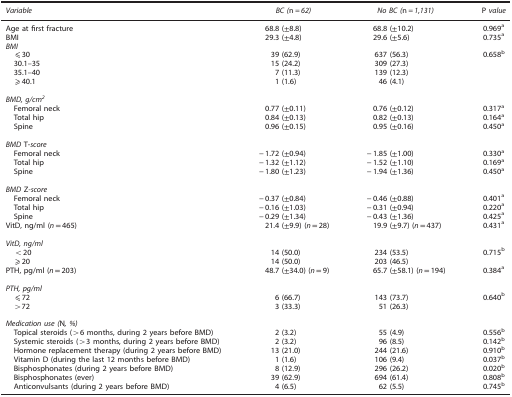
<table><thead><tr><td><b><i>Variable</i></b></td><td><b><i>BC (</i>n<i>=62)</i></b></td><td><b><i>No BC (</i>n<i>=1,131)</i></b></td><td><b>P <i>value</i></b></td></tr></thead><tbody><tr><td>Age at first fracture</td><td>68.8 (±8.8)</td><td>68.8 (±10.2)</td><td>0.969a</td></tr><tr><td>BMI</td><td>29.3 (±4.8)</td><td>29.6 (±5.6)</td><td>0.735a</td></tr><tr><td colspan="4"><i>BMI</i></td></tr><tr><td> ⩽30</td><td>39 (62.9)</td><td>637 (56.3)</td><td>0.658b</td></tr><tr><td> 30.1–35</td><td>15 (24.2)</td><td>309 (27.3)</td><td> </td></tr><tr><td> 35.1–40</td><td>7 (11.3)</td><td>139 (12.3)</td><td> </td></tr><tr><td> ⩾40.1</td><td>1 (1.6)</td><td>46 (4.1)</td><td> </td></tr><tr><td> </td><td> </td><td> </td><td> </td></tr><tr><td colspan="4"><i>BMD, g/cm</i><sup><i>2</i></sup></td></tr><tr><td> Femoral neck</td><td>0.77 (±0.11)</td><td>0.76 (±0.12)</td><td>0.317a</td></tr><tr><td> Total hip</td><td>0.84 (±0.13)</td><td>0.82 (±0.13)</td><td>0.164a</td></tr><tr><td> Spine</td><td>0.96 (±0.15)</td><td>0.95 (±0.16)</td><td>0.450a</td></tr><tr><td> </td><td> </td><td> </td><td> </td></tr><tr><td colspan="4"><i>BMD</i> T-<i>score</i></td></tr><tr><td> Femoral neck</td><td>−1.72 (±0.94)</td><td>−1.85 (±1.00)</td><td>0.330a</td></tr><tr><td> Total hip</td><td>−1.32 (±1.12)</td><td>−1.52 (±1.10)</td><td>0.169a</td></tr><tr><td> Spine</td><td>−1.80 (±1.23)</td><td>−1.94 (±1.36)</td><td>0.450a</td></tr><tr><td> </td><td> </td><td> </td><td> </td></tr><tr><td colspan="4"><i>BMD</i> Z<i>-score</i></td></tr><tr><td> Femoral neck</td><td>−0.37 (±0.84)</td><td>−0.46 (±0.88)</td><td>0.401a</td></tr><tr><td> Total hip</td><td>−0.16 (±1.03)</td><td>−0.31 (±0.94)</td><td>0.220a</td></tr><tr><td> Spine</td><td>−0.29 (±1.34)</td><td>−0.43 (±1.36)</td><td>0.425a</td></tr><tr><td>VitD, ng/ml (<i>n</i>=465)</td><td>21.4 (±9.9) (<i>n</i>=28)</td><td>19.9 (±9.7) (<i>n</i>=437)</td><td>0.431a</td></tr><tr><td colspan="4"> </td></tr><tr><td colspan="4"><i>VitD, ng/ml</i></td></tr><tr><td> &lt;20</td><td>14 (50.0)</td><td>234 (53.5)</td><td>0.715b</td></tr><tr><td> ⩾20</td><td>14 (50.0)</td><td>203 (46.5)</td><td> </td></tr><tr><td>PTH, pg/ml (<i>n</i>=203)</td><td>48.7 (±34.0) (<i>n</i>=9)</td><td>65.7 (±58.1) (<i>n</i>=194)</td><td>0.384a</td></tr><tr><td colspan="4"> </td></tr><tr><td colspan="4"><i>PTH, pg/ml</i></td></tr><tr><td> ⩽72</td><td>6 (66.7)</td><td>143 (73.7)</td><td>0.640b</td></tr><tr><td> &gt;72</td><td>3 (33.3)</td><td>51 (26.3)</td><td> </td></tr><tr><td> </td><td> </td><td> </td><td> </td></tr><tr><td colspan="4"><i>Medication use (</i>N<i>, %)</i></td></tr><tr><td> Topical steroids (&gt;6 months, during 2 years before BMD)</td><td>2 (3.2)</td><td>55 (4.9)</td><td>0.556b</td></tr><tr><td> Systemic steroids (&gt;3 months, during 2 years before BMD)</td><td>2 (3.2)</td><td>96 (8.5)</td><td>0.142b</td></tr><tr><td> Hormone replacement therapy (during 2 years before BMD)</td><td>13 (21.0)</td><td>244 (21.6)</td><td>0.910b</td></tr><tr><td> Vitamin D (during the last 12 months before BMD)</td><td>1 (1.6)</td><td>106 (9.4)</td><td>0.037b</td></tr><tr><td> Bisphosphonates (during 2 years before BMD)</td><td>8 (12.9)</td><td>296 (26.2)</td><td>0.020b</td></tr><tr><td> Bisphosphonates (ever)</td><td>39 (62.9)</td><td>694 (61.4)</td><td>0.808b</td></tr><tr><td> Anticonvulsants (during 2 years before BMD)</td><td>4 (6.5)</td><td>62 (5.5)</td><td>0.745b</td></tr></tbody></table>